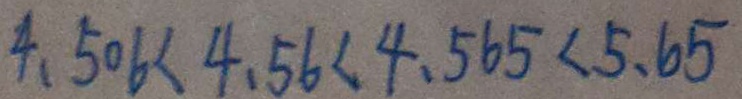
4 . 5 0 6 < 4 . 5 6 < 4 . 5 6 5 < 5 . 6 5